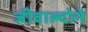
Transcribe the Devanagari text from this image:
जीवाल्दोने